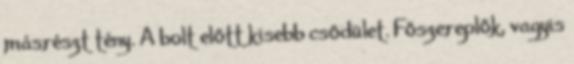
másrészt tény. A bolt előtt kisebb csődület. Főszereplők, vagyis